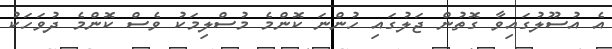
އެ އުސޫލުގައިވާ ގޮތުން ޖަލުގައި ހުންނަ ކޮންމެ މުސްލިމަކު ވެސް ކޮންމެ ދުވަހަކު